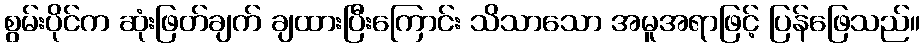
စွမ်းပိုင်က ဆုံးဖြတ်ချက် ချထားပြီးကြောင်း သိသာသော အမူအရာဖြင့် ပြန်ဖြေသည်။